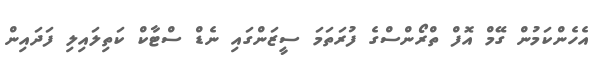
އެހެންކަމުން ގޭމް އޮފް ތްރޯންސްގެ ފުރަތަމަ ސީޒަންގައި ނެޑް ސްޓާކް ކަތިލައިލި ފަދައިން